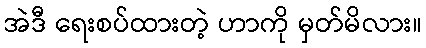
အဲဒီ ရေးစပ်ထားတဲ့ ဟာကို မှတ်မိလား။